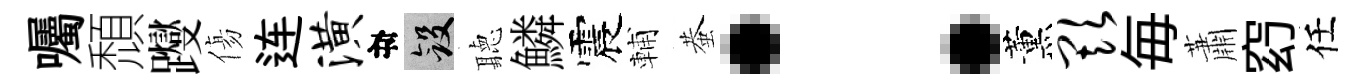
囑頹躞傷连潢目斂聽鱗震輔蛬：薰欺毎蕭𥥆任